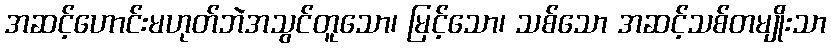
အဆင့်ဟောင်းမဟုတ်ဘဲအသွင်တူသော၊ မြင့်သော၊ သစ်သော အဆင့်သစ်တမျိုးသာ